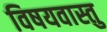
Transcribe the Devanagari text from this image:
विषयवास्तु